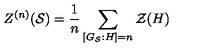
Z ^ { ( n ) } ( \mathcal { S } ) = \frac { 1 } { n } \sum _ { \left[ G _ { \mathcal { S } } : H \right] = n } \mathcal { Z } ( H )